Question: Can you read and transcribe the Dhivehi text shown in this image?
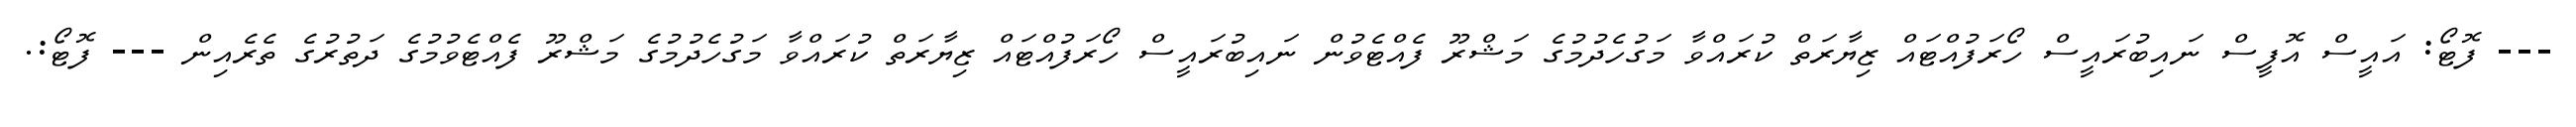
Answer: --- ފޮޓޯ: އައީސް އޮފީސް ނައިބުރައީސް ހޯރަފުއްޓައް ޒިޔާރަތް ކުރައްވާ މަގުހެދުމުގެ މަޝްރޫ ފެއްޓެވުން ނައިބުރައީސް ހޯރަފުއްޓައް ޒިޔާރަތް ކުރައްވާ މަގުހެދުމުގެ މަޝްރޫ ފެއްޓެވުމުގެ ދަތުރުގެ ތެރެއިން --- ފޮޓޯ:.